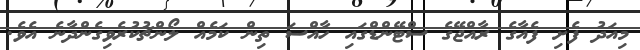
މިއަދު ފެށި ފެއާގެ ރާއްޖޭގެ ސްޓޭންޑްގައި ހާއްސަ ތިން ކަމެއް ލޯންޗުކުރެވިގެންދާނެ އެވެ.